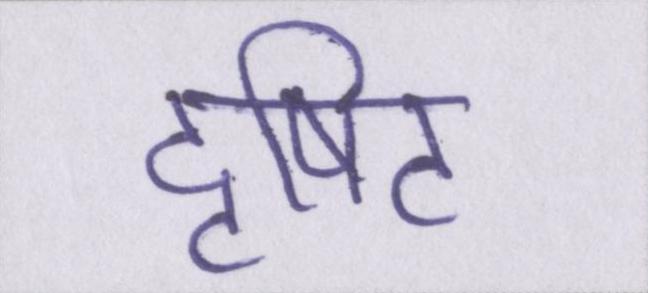
दृषिट